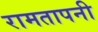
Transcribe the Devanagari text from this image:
रामतापनी